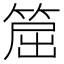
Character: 𥮝